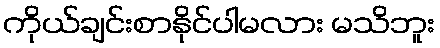
ကိုယ်ချင်းစာနိုင်ပါမလား မသိဘူး